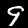
Label: 9